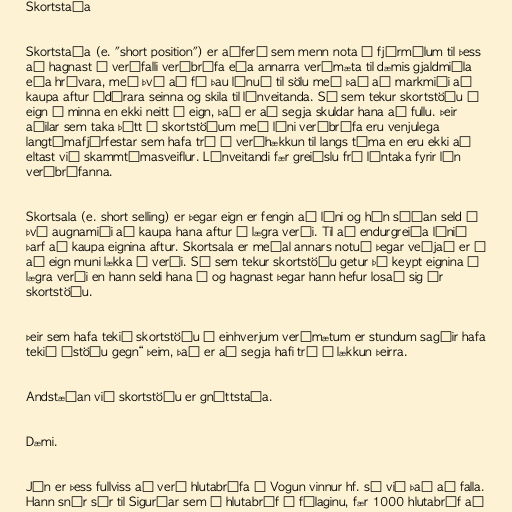
Skortstaða

Skortstaða (e. "short position") er aðferð sem menn nota í fjármálum til þess
að hagnast á verðfalli verðbréfa eða annarra verðmæta til dæmis gjaldmiðla
eða hrávara, með því að fá þau lánuð til sölu með það að markmiði að
kaupa aftur ódýrara seinna og skila til lánveitanda. Sá sem tekur skortstöðu í
eign á minna en ekki neitt í eign, það er að segja skuldar hana að fullu. Þeir
aðilar sem taka þátt í skortstöðum með láni verðbréfa eru venjulega
langtímafjárfestar sem hafa trú á verðhækkun til langs tíma en eru ekki að
eltast við skammtímasveiflur. Lánveitandi fær greiðslu frá lántaka fyrir lán
verðbréfanna.

Skortsala (e. short selling) er þegar eign er fengin að láni og hún síðan seld í
því augnamiði að kaupa hana aftur á lægra verði. Til að endurgreiða lánið
þarf að kaupa eignina aftur. Skortsala er meðal annars notuð þegar veðjað er á
að eign muni lækka í verði. Sá sem tekur skortstöðu getur þá keypt eignina á
lægra verði en hann seldi hana á og hagnast þegar hann hefur losað sig úr
skortstöðu.

Þeir sem hafa tekið skortstöðu í einhverjum verðmætum er stundum sagðir hafa
tekið „stöðu gegn“ þeim, það er að segja hafi trú á lækkun þeirra.

Andstæðan við skortstöðu er gnóttstaða.

Dæmi.

Jón er þess fullviss að verð hlutabréfa í Vogun vinnur hf. sé við það að falla.
Hann snýr sér til Sigurðar sem á hlutabréf í félaginu, fær 1000 hlutabréf að